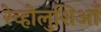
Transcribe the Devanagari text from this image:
रेव्होलुशिआँ